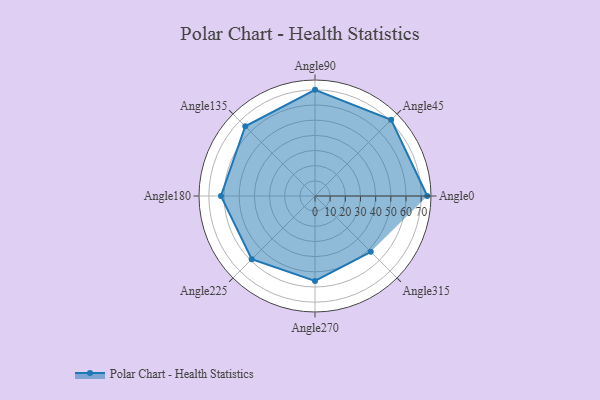
{"axis": {"x": "Angle", "y": "Radius"}, "legend": [""], "data": [{"x": "Angle0", "y": 74.0, "type": ""}, {"x": "Angle45", "y": 71.0, "type": ""}, {"x": "Angle90", "y": 70.0, "type": ""}, {"x": "Angle135", "y": 65.0, "type": ""}, {"x": "Angle180", "y": 62.0, "type": ""}, {"x": "Angle225", "y": 59.0, "type": ""}, {"x": "Angle270", "y": 56.0, "type": ""}, {"x": "Angle315", "y": 52.0, "type": ""}]}